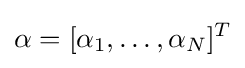
\alpha =[\alpha _{1},\ldots ,\alpha _{N}]^{T}